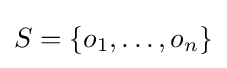
S=\{o_{1},\ldots ,o_{n}\}